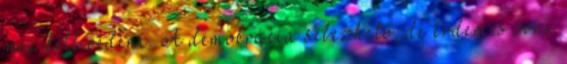
meg kell védeni. A demokrácia sebezhető, de érdemes óvni